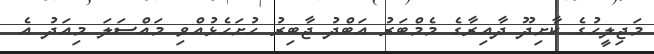
މަޖިލީހުގެ ކާށިދޫ ދާއިރާގެ މެމްބަރު އަބްދު ޖާބިރު ހުށަހެޅުއްވި މައްސަލަ މިއަދު އެ